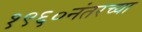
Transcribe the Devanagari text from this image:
१९६०नंतरच्या